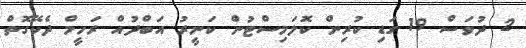
2 ދުވަސް 19 ގަޑި ކުރިން ކޮލަމިސްޓުން ކަނީރު އަބްދުއް ރަހީމް ދެކޭގޮތް